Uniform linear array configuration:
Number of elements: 64
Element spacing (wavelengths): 0.25
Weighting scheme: binomial
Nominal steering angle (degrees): -15
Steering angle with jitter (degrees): -16.462
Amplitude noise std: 0.05
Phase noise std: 0.05

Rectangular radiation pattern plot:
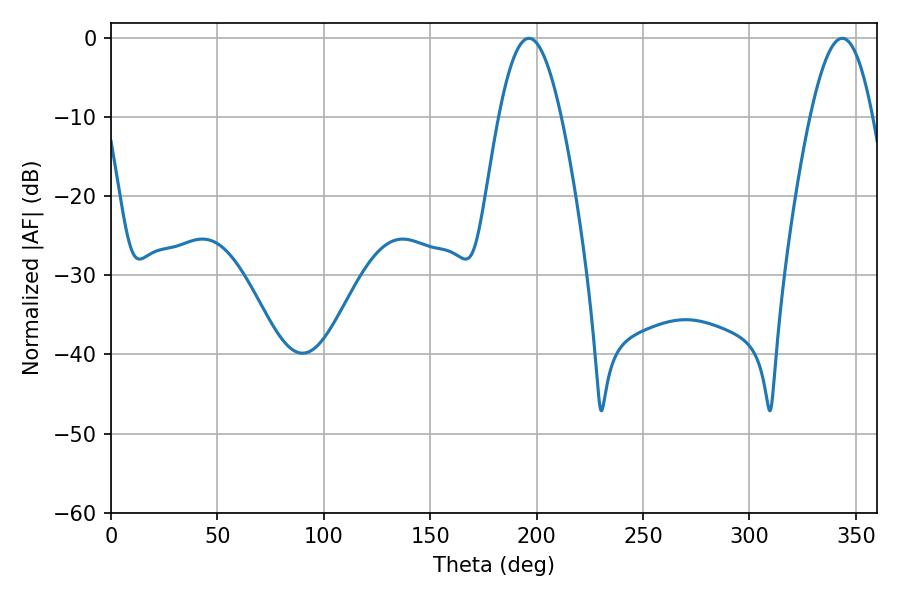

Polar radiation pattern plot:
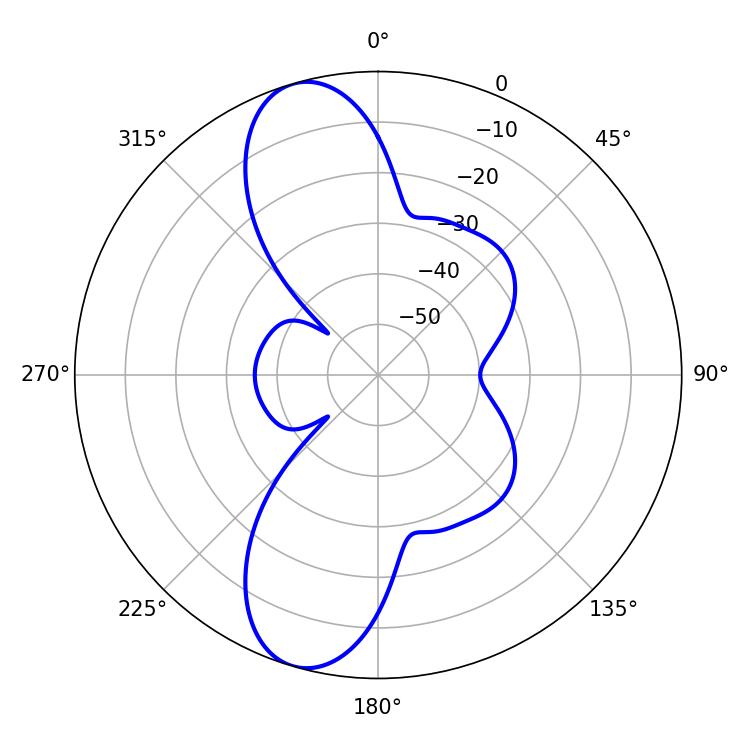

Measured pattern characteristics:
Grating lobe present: FALSE
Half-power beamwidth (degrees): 15.84
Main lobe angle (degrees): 196.38